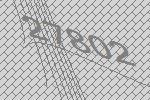
27802